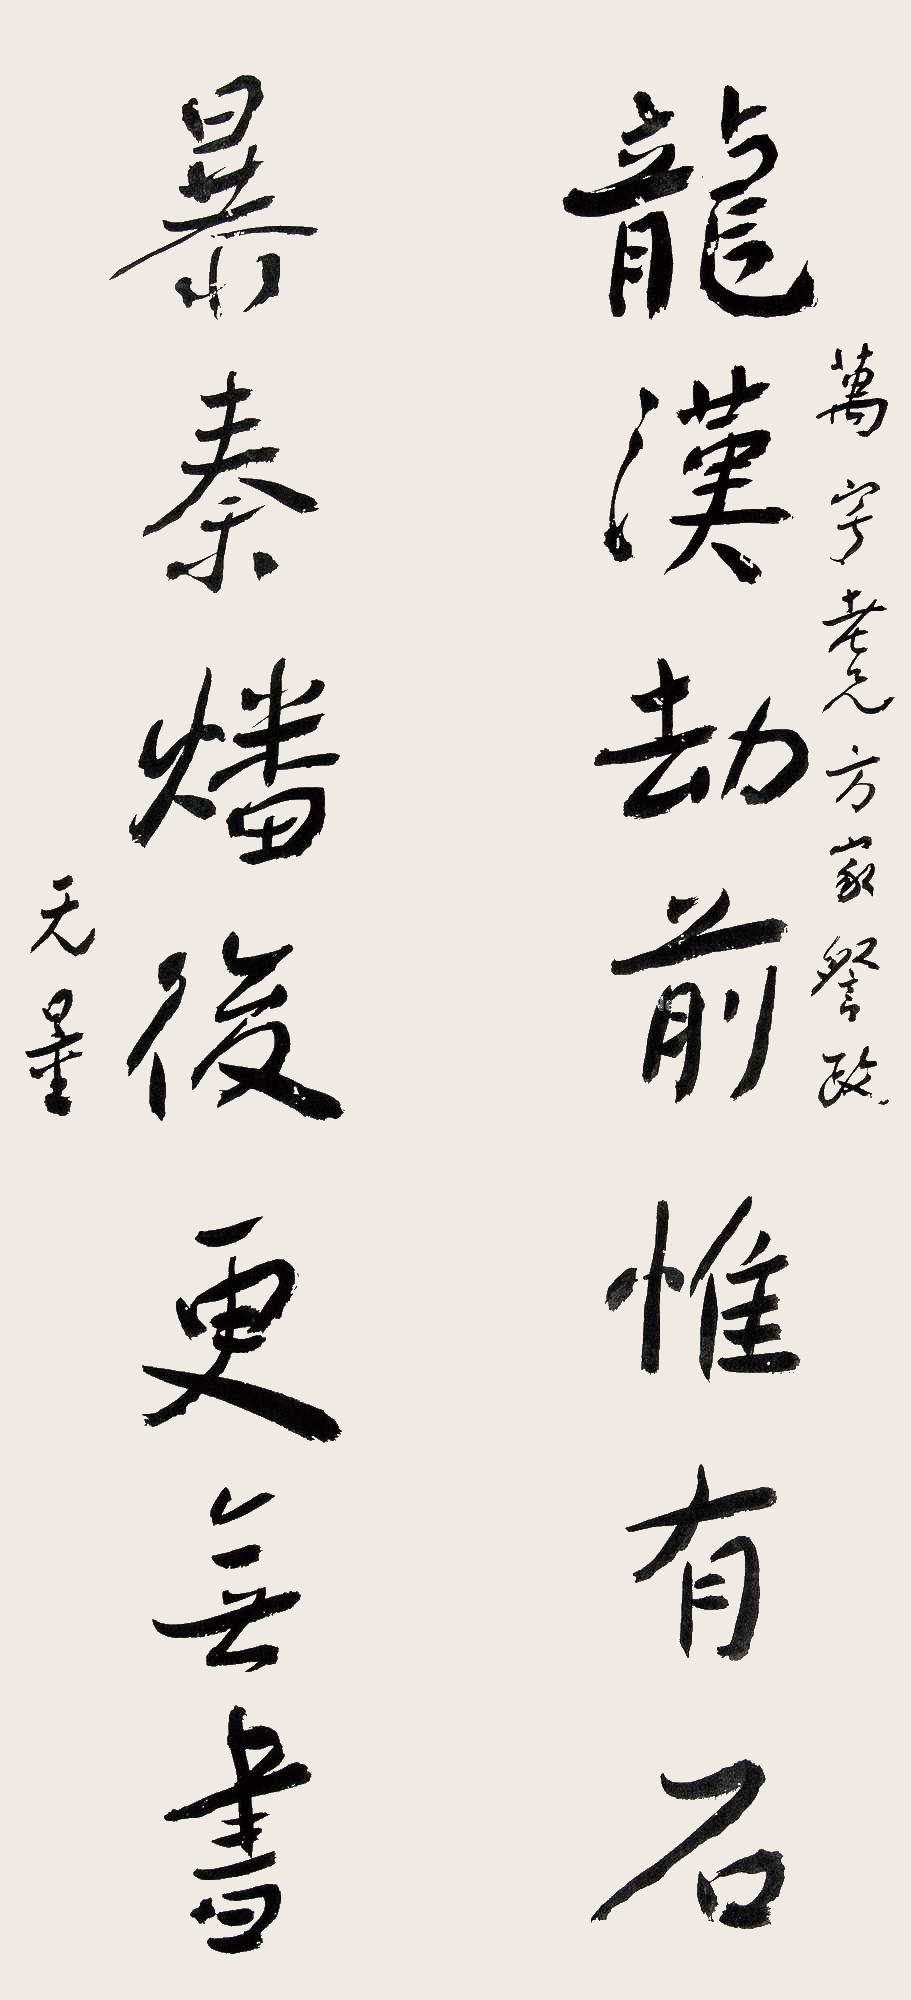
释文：龙汉劫前惟有石；暴秦燔后更无书。万宁老兄方家誉政，无量。